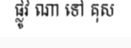
ផ្លូវ ណា ទៅ គុស